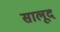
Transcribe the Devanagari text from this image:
सालूद